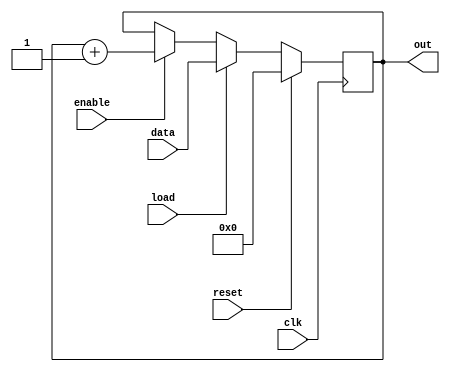
//-----------------------------------------------------
// Design Name : up_counter_load
// Function    : Up counter with load
// Coder       : Deepak Kumar Tala
//-----------------------------------------------------
module up_counter_load    (
out      ,  // Output of the counter
data     ,  // Parallel load for the counter
load     ,  // Parallel load enable
enable   ,  // Enable counting
clk      ,  // clock input
reset       // reset input
);
//----------Output Ports--------------
output [7:0] out;
//------------Input Ports-------------- 
input [7:0] data;
input load, enable, clk, reset;
//------------Internal Variables--------
reg [7:0] out;
//-------------Code Starts Here-------
always @(posedge clk)
if (reset) begin
  out <= 8'b0 ;
end else if (load) begin
  out <= data;
end else if (enable) begin
  out <= out + 1;
end
    
endmodule